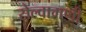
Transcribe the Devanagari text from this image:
सेल्वामणी